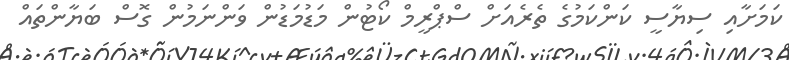
ކަމަށާއި ސިޔާސީ ކަންކަމުގެ ތެރެއަށް ސްޕްރީމް ކޯޓުން މަޑުމަޑުން ވަންނަމުން ގޮސް ބަޔާންތައް